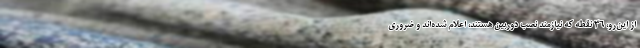
از این‌رو، ۳۶ نقطه که نیازمند نصب دوربین هستند، اعلام شده‌اند و ضروری